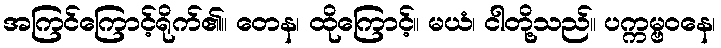
အကြင်ကြောင့်ရိုက်၏။ တေန၊ ထိုကြောင့်။ မယံ၊ ငါတို့သည်။ ပက္ကမ္ဗဝနေ၊